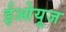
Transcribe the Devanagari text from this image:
ईओयूज